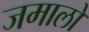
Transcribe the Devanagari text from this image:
जमालो